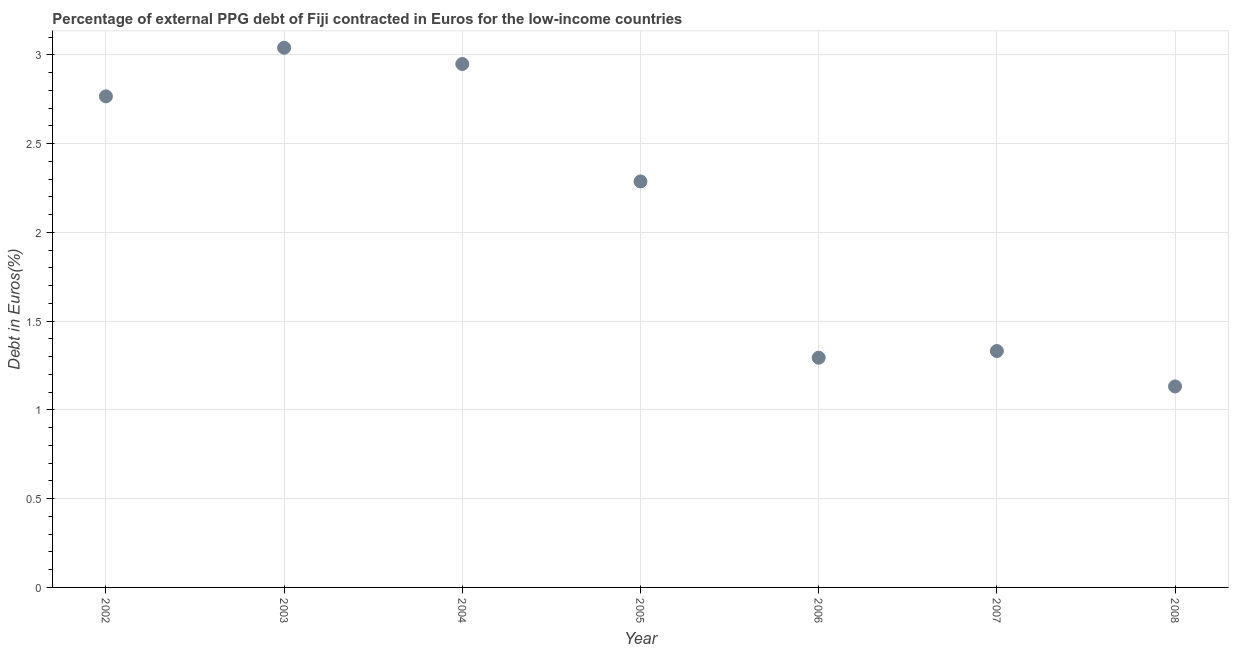
| Year | Currency composition of PPG debt |
 | --- | --- |
 | 2002 | 2.77 |
 | 2003 | 3.04 |
 | 2004 | 2.95 |
 | 2005 | 2.29 |
 | 2006 | 1.29 |
 | 2007 | 1.33 |
 | 2008 | 1.13 |